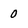
Character: 0